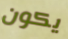
يكون